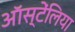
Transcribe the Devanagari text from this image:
ऑस्टेंलिया